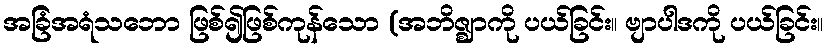
အခြံအရံသဘော ဖြစ်၍ဖြစ်ကုန်သော (အဘိဇ္ဈာကို ပယ်ခြင်း။ ဗျာပါဒကို ပယ်ခြင်း။